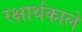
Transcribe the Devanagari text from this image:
रक्षार्थकाले